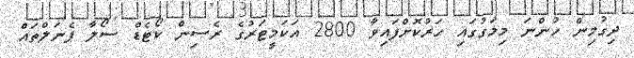
ދިގުމިން ހުންނަ މިމަގުގައި ހަރުކޮށްފައިވާ 2800 އަކަމީޓަރުގެ ރެސިން ކޯޓެޑް ސޯލާ ޕެނަލްތައް